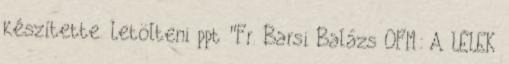
készítette. Letölteni ppt "Fr. Barsi Balázs OFM: A LÉLEK